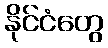
နိုင်ငံတွေ